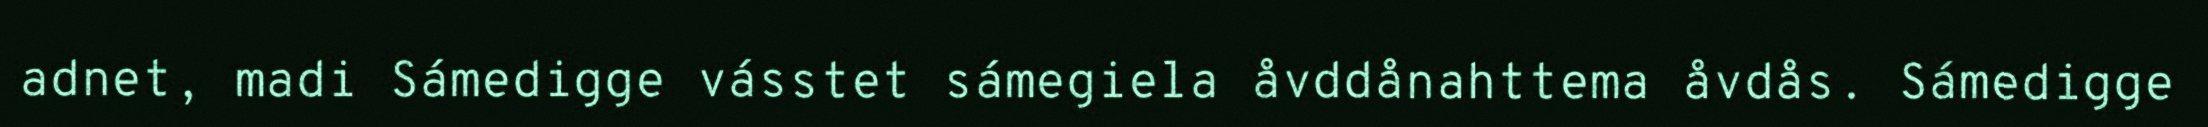
adnet, madi Sámedigge vásstet sámegiela åvddånahttema åvdås. Sámedigge